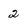
Character: 2